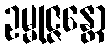
ဥမ္မုဇ္ဇန္တော